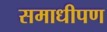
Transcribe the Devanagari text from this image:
समाधीपण